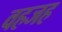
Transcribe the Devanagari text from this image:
वहजह